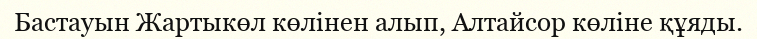
Бастауын Жартыкөл көлінен алып, Алтайсор көліне құяды.